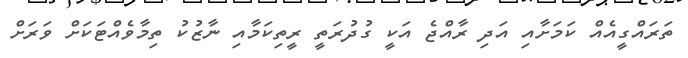
ތަރައްގީއެއް ކަމަށާއި އަދި ރާއްޖެ އަކީ ގުދުރަތީ ރީތިކަމާއި ނާޒުކު ތިމާވެއްޓަކަށް ވަރަށް